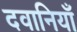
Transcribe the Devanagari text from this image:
दवानियाँ